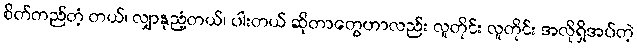
စိတ်တည်တံ့ တယ်၊ လျှာနုညံ့တယ်၊ ပါးတယ် ဆိုတာတွေဟာလည်း လူတိုင်း လူတိုင်း အလိုရှိအပ်တဲ့